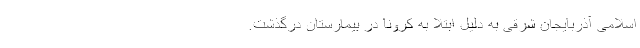
اسلامی آذربایجان شرقی به دلیل ابتلا به کرونا در بیمارستان درگذشت.